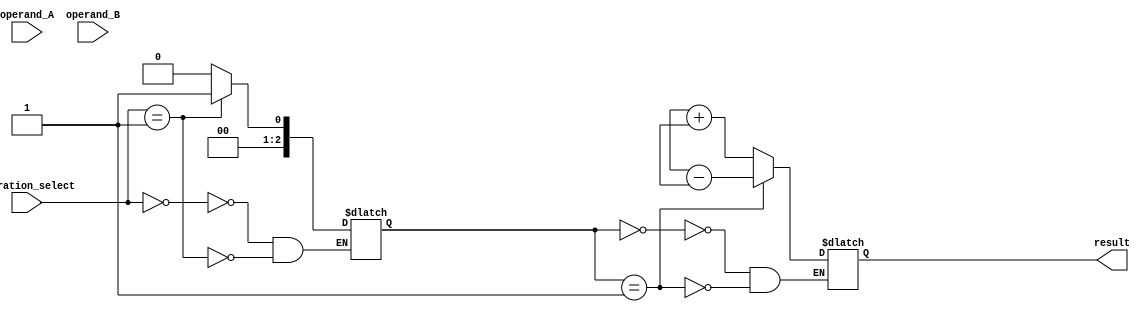
module HalfPrecisionFloatingPointUnit (
    input wire [15:0] operand_A,
    input wire [15:0] operand_B,
    input wire [2:0] operation_select,
    output reg [15:0] result
);

// Input registers
reg [15:0] input_register_A;
reg [15:0] input_register_B;

// Control unit
reg [2:0] operation;
always @* begin
    case(operation_select)
        3'b000: operation = 3'b000; // Addition
        3'b001: operation = 3'b001; // Subtraction
        // Add more operations as needed
    endcase
end

// Arithmetic Logic Unit (ALU)
always @* begin
    case(operation)
        3'b000: result = input_register_A + input_register_B;
        3'b001: result = input_register_A - input_register_B;
        // Add more arithmetic operations as needed
    endcase
end

// Multiplexer
// No multiplexer needed, directly output the result

// Output register
reg [15:0] output_register;
always @(posedge clk) begin
    output_register <= result;
end

// Optional rounding logic
// Add rounding logic here if necessary

endmodule